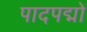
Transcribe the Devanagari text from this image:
पादपद्मों